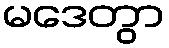
မဒေတွာ